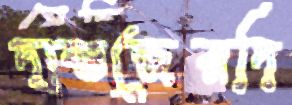
দাস্তজেরদি